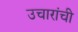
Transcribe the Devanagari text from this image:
उचारांची